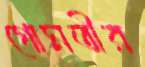
গোমতীর